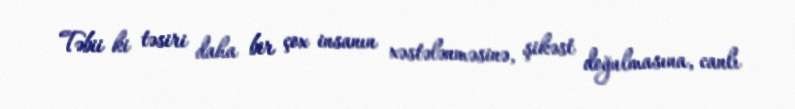
Təbii ki təsiri daha bir çox insanın xəstələnməsinə, şikəst doğulmasına, canlı